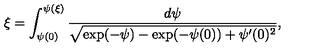
\xi = \int _ { \psi ( 0 ) } ^ { \psi ( \xi ) } \frac { d \psi } { \sqrt { \exp ( - \psi ) - \exp ( - \psi ( 0 ) ) + \psi ^ { \prime } ( 0 ) ^ { 2 } } } ,